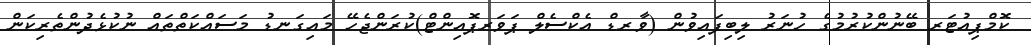
ކޮމްޕިއުޓަރ ބޭނުންކުރުމުގެ ހުނަރު ލިބިފައިވުން (ވާރޑް އެކްސެލް ޕަވަރޕޮއިންޓް)ކުރަންޖެހޭ މައިގަނޑު މަސައްކަތްތައް ނުކުޅެދުންތެރިކަން